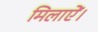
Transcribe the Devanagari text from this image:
मिलाऐं।